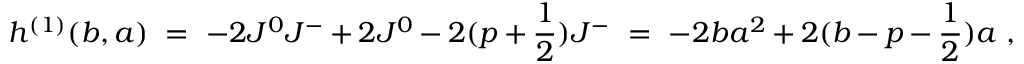
h ^ { ( 1 ) } ( b , a ) \ = \ - 2 J ^ { 0 } J ^ { - } + 2 J ^ { 0 } - 2 ( p + \frac { 1 } { 2 } ) J ^ { - } \ = \ - 2 b a ^ { 2 } + 2 ( b - p - \frac { 1 } { 2 } ) a \ ,